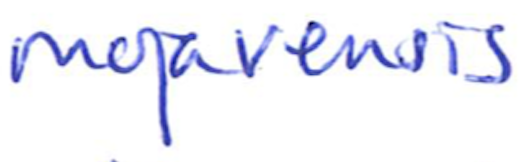
Text: mojavensis
Cross-out: clean
Writing tool: ballpoint